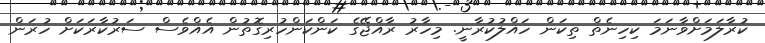
ކުރާލަމަށްވާނަމަ ކިހިނެތް ތިކަން ހައްލުކުރާނީ. މިހާރު ރާއްޖޭގެ ކަންކަންހުރިގޮތުން އެއްވެސް ސަރުކާރަކަށް ހުރަން